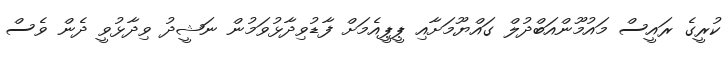
ކުރީގެ ރައީސް މައުމޫންއަބްދުލް ގައްޔޫމަށާއި ޕީޕީއެމަށް ފާޑުވިދާޅުވަމުން ނަޝީދު ވިދާޅުވީ ދެން ވެސް